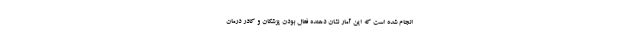
انجام شده است که این آمار نشان دهنده فعال بودن پزشکان و کادر درمان